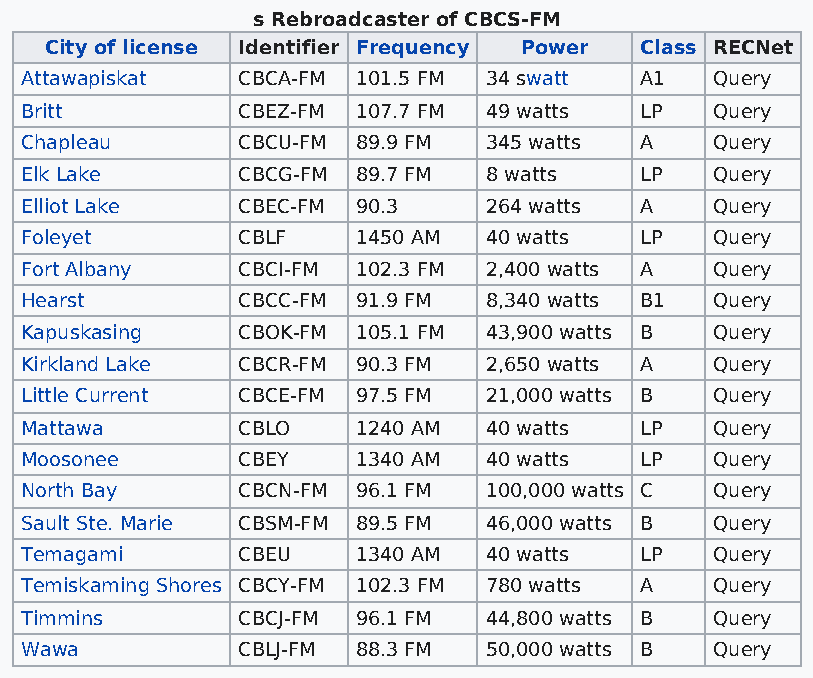
s Rebroadcaster of CBCS-FM
 City of license Identifier Frequency Power Class RECNet
 Attawapiskat   CBCA-FM 101.5 FM 34 swatt A1   Query
 Britt          CBEZ-FM 107.7 FM 49 watts LP   Query
 Chapleau       CBCU-FM 89.9 FM 345 watts A    Query
 Elk Lake       CBCG-FM 89.7 FM 8 watts   LP   Query
 Elliot Lake    CBEC-FM 90.3    264 watts A    Query
 Foleyet        CBLF    1450 AM 40 watts  LP   Query
 Fort Albany    CBCI-FM 102.3 FM 2,400 watts A Query
 Hearst         CBCC-FM 91.9 FM 8,340 watts B1 Query
 Kapuskasing    CBOK-FM 105.1 FM 43,900 watts B Query
 Kirkland Lake  CBCR-FM 90.3 FM 2,650 watts A  Query
 Little Current CBCE-FM 97.5 FM 21,000 watts B Query
 Mattawa        CBLO    1240 AM 40 watts  LP   Query
 Moosonee       CBEY    1340 AM 40 watts  LP   Query
 North Bay      CBCN-FM 96.1 FM 100,000 watts C Query
 Sault Ste. Marie CBSM-FM 89.5 FM 46,000 watts B Query
 Temagami       CBEU    1340 AM 40 watts  LP   Query
 Temiskaming Shores CBCY-FM 102.3 FM 780 watts A Query
 Timmins        CBCJ-FM 96.1 FM 44,800 watts B Query
 Wawa           CBLJ-FM 88.3 FM 50,000 watts B Query